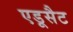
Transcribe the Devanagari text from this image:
एडूसैट